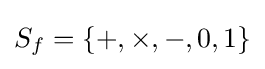
S_{f}=\{+,\times ,-,0,1\}